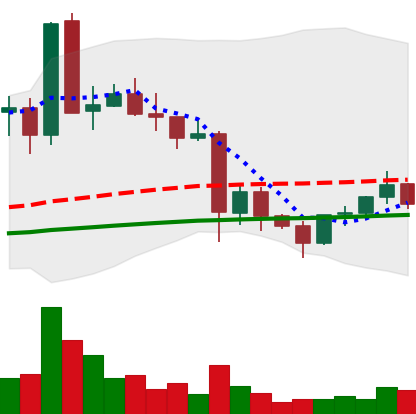
Ticker: EOS-USD
Chart end date: 2021-05-28
Forward return: 4.13%
Label: up_3_5